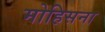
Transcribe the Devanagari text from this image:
मोहिसना